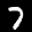
Label: 7